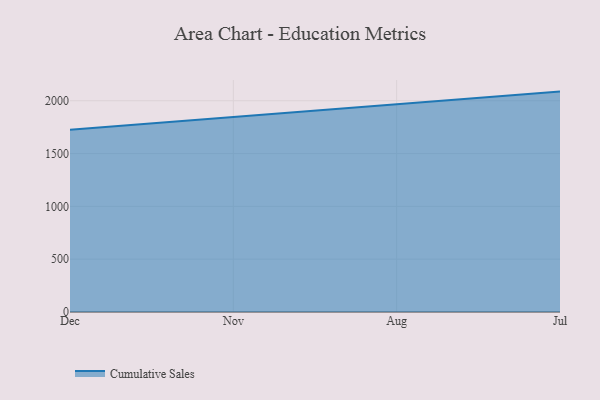
{"axis": {"x": "Month", "y": "Latency (ms)"}, "legend": ["Cumulative Sales"], "data": [{"x": "Dec", "y": 1724.8, "type": "Cumulative Sales"}, {"x": "Nov", "y": 1843.0, "type": "Cumulative Sales"}, {"x": "Aug", "y": 1965.5, "type": "Cumulative Sales"}, {"x": "Jul", "y": 2086.3, "type": "Cumulative Sales"}]}